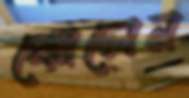
ঝোলেন